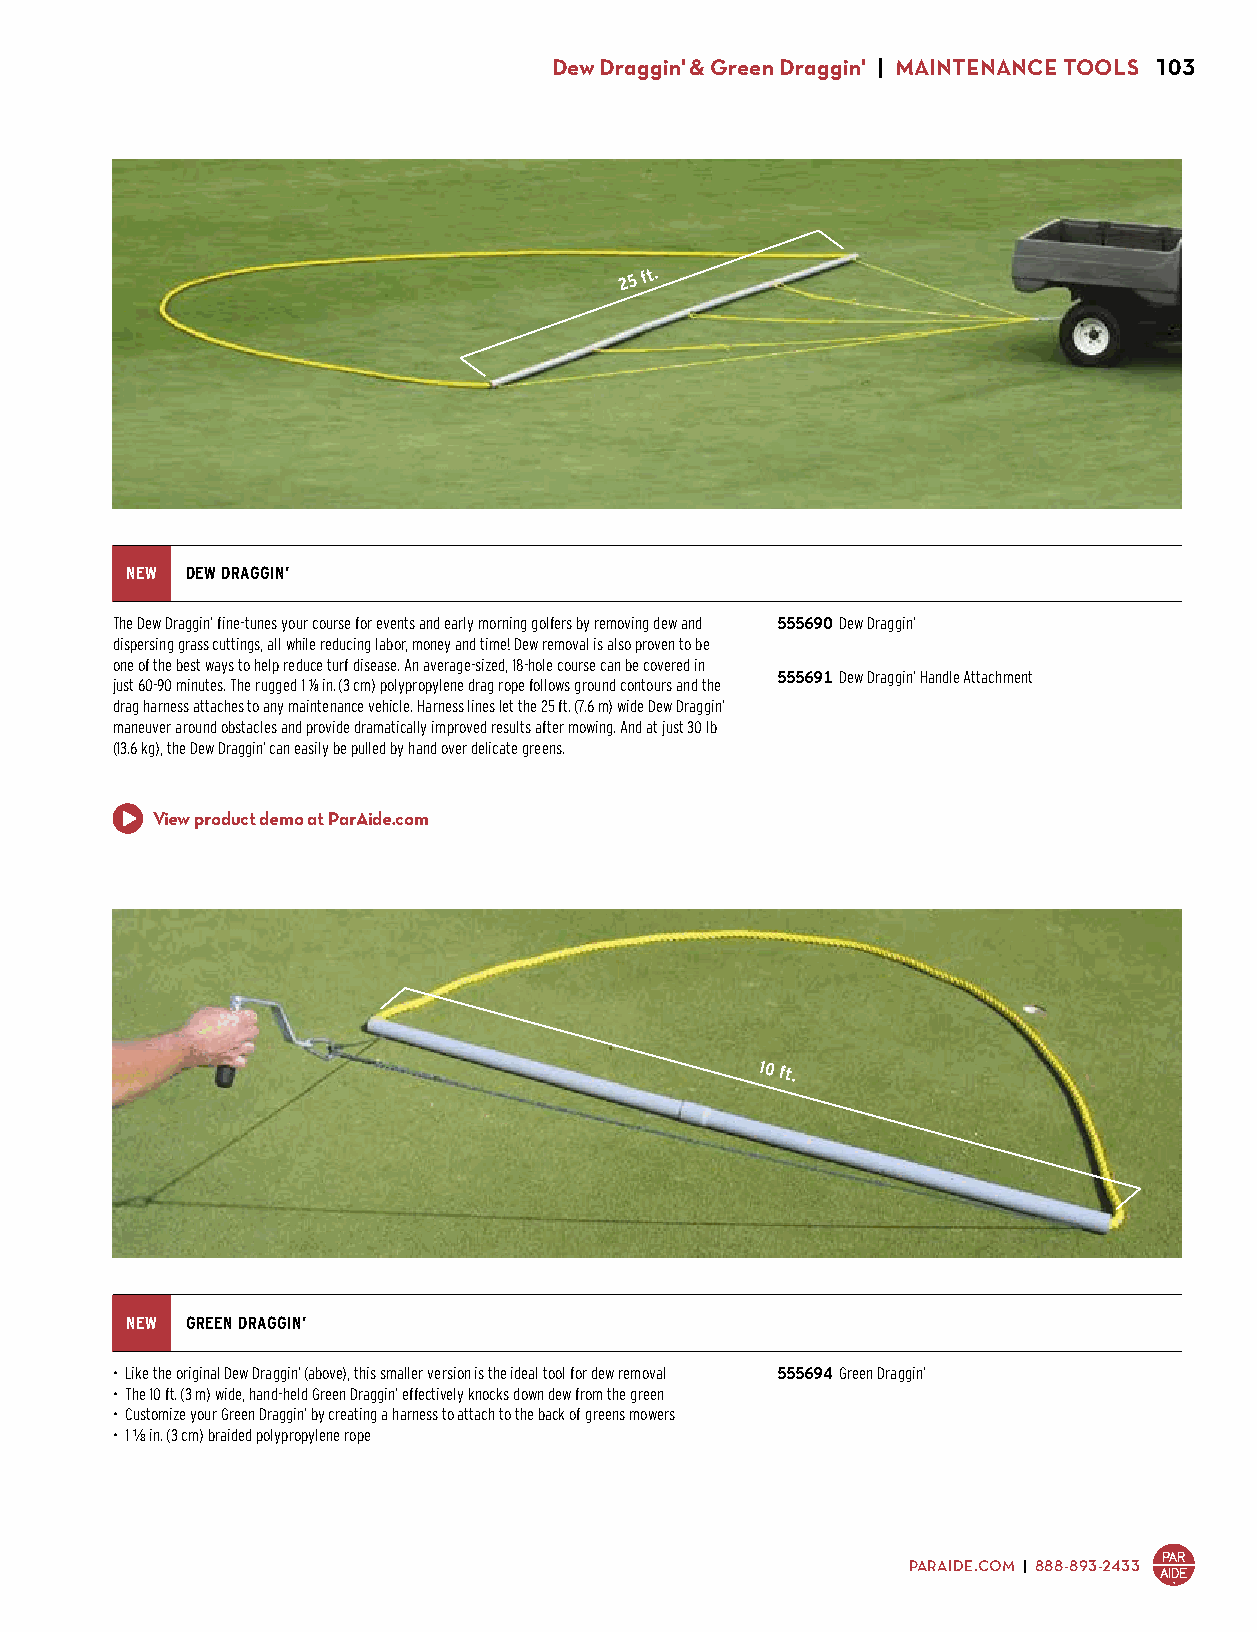
Dew Draggin' & Green Draggin' | MAINTENANCE TOOLS 103
 25
 ft.
 NEW DEW DRAGGIN’
 The Dew Draggin’ fine-tunes your course for events and early morning golfers by removing dew and 555690 Dew Draggin’
 dispersing grass cuttings, all while reducing labor, money and time! Dew removal is also proven to be $310.00
 one of the best ways to help reduce turf disease. An average-sized, 18-hole course can be covered in
 555691 Dew Draggin’ Handle Attachment
 just 60-90 minutes. The rugged 1 1/8 in. (3 cm) polypropylene drag rope follows ground contours and the
 $35.00
 drag harness attaches to any maintenance vehicle. Harness lines let the 25 ft. (7.6 m) wide Dew Draggin’
 maneuver around obstacles and provide dramatically improved results after mowing. And at just 30 lb
 (13.6 kg), the Dew Draggin’ can easily be pulled by hand over delicate greens.
 View product demo at ParAide.com
 10 ft.
 NEW GREEN DRAGGIN’
 • Like the original Dew Draggin’ (above), this smaller version is the ideal tool for dew removal 555694 Green Draggin’
 • The 10 ft. (3 m) wide, hand-held Green Draggin’ effectively knocks down dew from the green $155.00
 • Customize your Green Draggin’ by creating a harness to attach to the back of greens mowers
 • 1 1/8 in. (3 cm) braided polypropylene rope
 PARAIDE.COM | 888-893-2433